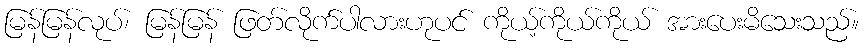
မြန်မြန်လုပ်၊ မြန်မြန် ဖြတ်လိုက်ပါလားဟုပင် ကိုယ့်ကိုယ်ကိုယ် အားပေးမိသေးသည်။